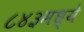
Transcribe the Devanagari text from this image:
८४३मध्ये